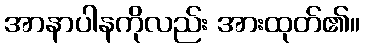
အာနာပါနကိုလည်း အားထုတ်၏။